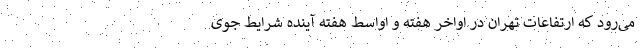
می‌رود که ارتفاعات تهران در اواخر هفته و اواسط هفته آینده شرایط جوی